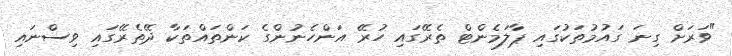
"ވަރަށް ގިނަ ގައުމުތަކުގައި ޕާލަމެންޓް ތެރޭގައި ހުރޭ އަންހެނުންގެ ކަންތައްތަކާ ދޭތެރޭގައި ވިސްނައި